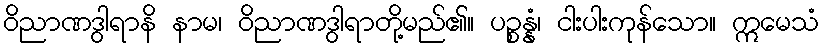
ဝိညာဏဒွါရာနိ နာမ၊ ဝိညာဏဒွါရာတို့မည်၏။ ပဉ္စန္နံ၊ ငါးပါးကုန်သော။ ဣမေသံ